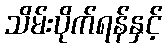
သိမ်းပိုက်ရန်နှင့်